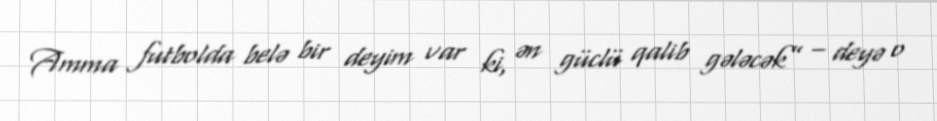
Amma futbolda belə bir deyim var ki, ən güclü qalib gələcək” – deyə o